Annual report of the Bengal Veterinary College and of the Civil Veterinary Department, Bengal, for the year 1910-1911 - 1910-1911
Year: 1910
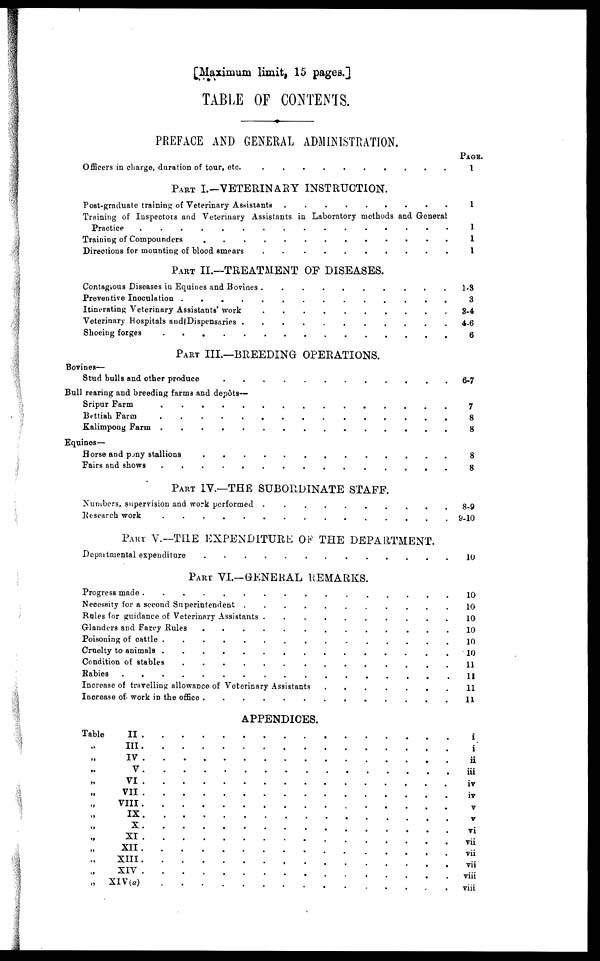
[Maximum limit, 15 pages.]
TABLE OF CONTENTS.
PREFACE AND GENERAL ADMINISTRATION.
Officers in charge, duration of tour, etc.
.
.
.
.
.
.
.
.
.
.
.
.
PART I.-VETERINARY INSTRUCTION.
Post-graduate training of Veterinary Assistants
Training of Inspectors and Veterinary Assistants in Laboratory methods and General
Practice . . . . . . . . . . . .
Training of Compounders . . . . . . . . . . . .
Directions for mounting of blood smears . . . . . . . . . . . .
PART II.—TREATMENT OF DISEASES.
Contagious Diseases in Equines and Bovines . . . . . . . . . . . .
Preventive Inoculation . . . . . . . . . . . .
Itinerating Veterinary Assistants work . . . . . . . . . . . .
Veterinary Hospitals and Dispensaries
.
.
.
.
.
.
.
.
.
.
.
.
Shoeing forges . . . . . . . . . . . .
PART III.—BREEDING OPERATIONS.
Bovines—
Stud bulls and other produce
.
.
.
.
.
.
.
.
.
.
.
.
Bull rearing and breeding farms and depots—
Sripur Farm . . . . . . . . . . . .
Bettiah Farm . . . . . . . . . . . .
Kalimpong Farm . . . . . . . . . . . .
Equines—
Horse and pony stallions . . . . . . . . . . . .
Fairs and shows . . . . . . . . . . . .
PART IV.—THE SUBORDINATE STAFF.
Numbers, supervision and work performed
.
.
.
.
.
.
.
.
.
.
.
.
Research work . . . . . . . . . . . .
PART V.--TRE EXPENDITURE OF THE DEPARTMENT.
Departmental expenditure . . . . . . . . . . . .
PART VI.—GENERAL REMARKS.
Progress made . . . . . . . . . . . .
Necessity for a second Superintendent . . . . . . . . . . . .
Rules for guidance of Veterinary Assistants
.
.
.
.
.
.
.
.
.
.
.
.
Glanders and Farcy Rules . . . . . . . . . . . .
Poisoning of cattle . . . . . . . . . . . .
Cruelty of animals . . . . . . . . . . . .
Condition of stables . . . . . . . . . . . .
Rabies . . . . . . . . . . . .
Increase of travelling allowance of Veterinary Assistants . . . . . . . . . . . .
Increase of work in the office . . . . . . . . . . . .
APPENDICES.
Table
II
.
.
.
.
.
.
.
.
.
.
.
.
„ III
.
.
.
.
.
.
.
.
.
.
.
.
„ IV
.
.
.
.
.
.
.
.
.
.
.
.
„ V
.
.
.
.
.
.
.
.
.
.
.
.
„ VI
.
.
.
.
.
.
.
.
.
.
.
.
„ VII
.
.
.
.
.
.
.
.
.
.
.
.
„ VIII
.
.
.
.
.
.
.
.
.
.
.
.
„ IX
.
.
.
.
.
.
.
.
.
.
.
.
„ X
.
.
.
.
.
.
.
.
.
.
.
.
„ XI
.
.
.
.
.
.
.
.
.
.
.
.
„ XII
.
.
.
.
.
.
.
.
.
.
.
.
„ XIII
.
.
.
.
.
.
.
.
.
.
.
.
„ XIV
.
.
.
.
.
.
.
.
.
.
.
.
„
XIV(a)
.
.
.
.
.
.
.
.
.
.
.
.
PAGE.
1
1
1
1
1
3
3-4
4-6
6
6-7
7
8
8
8
8
8-9
10
10
10
10
10
10
10
11
11
11
11
i
i
ii
iii
iv
iv
V
V
vi
vii
vii
vii
viii
viii